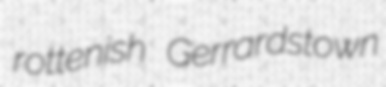
rottenish Gerrardstown